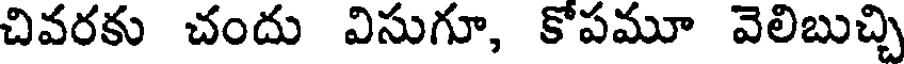
చివరకు చందు విసుగూ, కోపమూ వెలిబుచ్చి